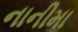
નાનીમા